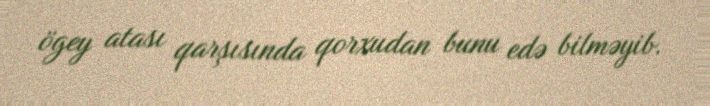
ögey atası qarşısında qorxudan bunu edə bilməyib.